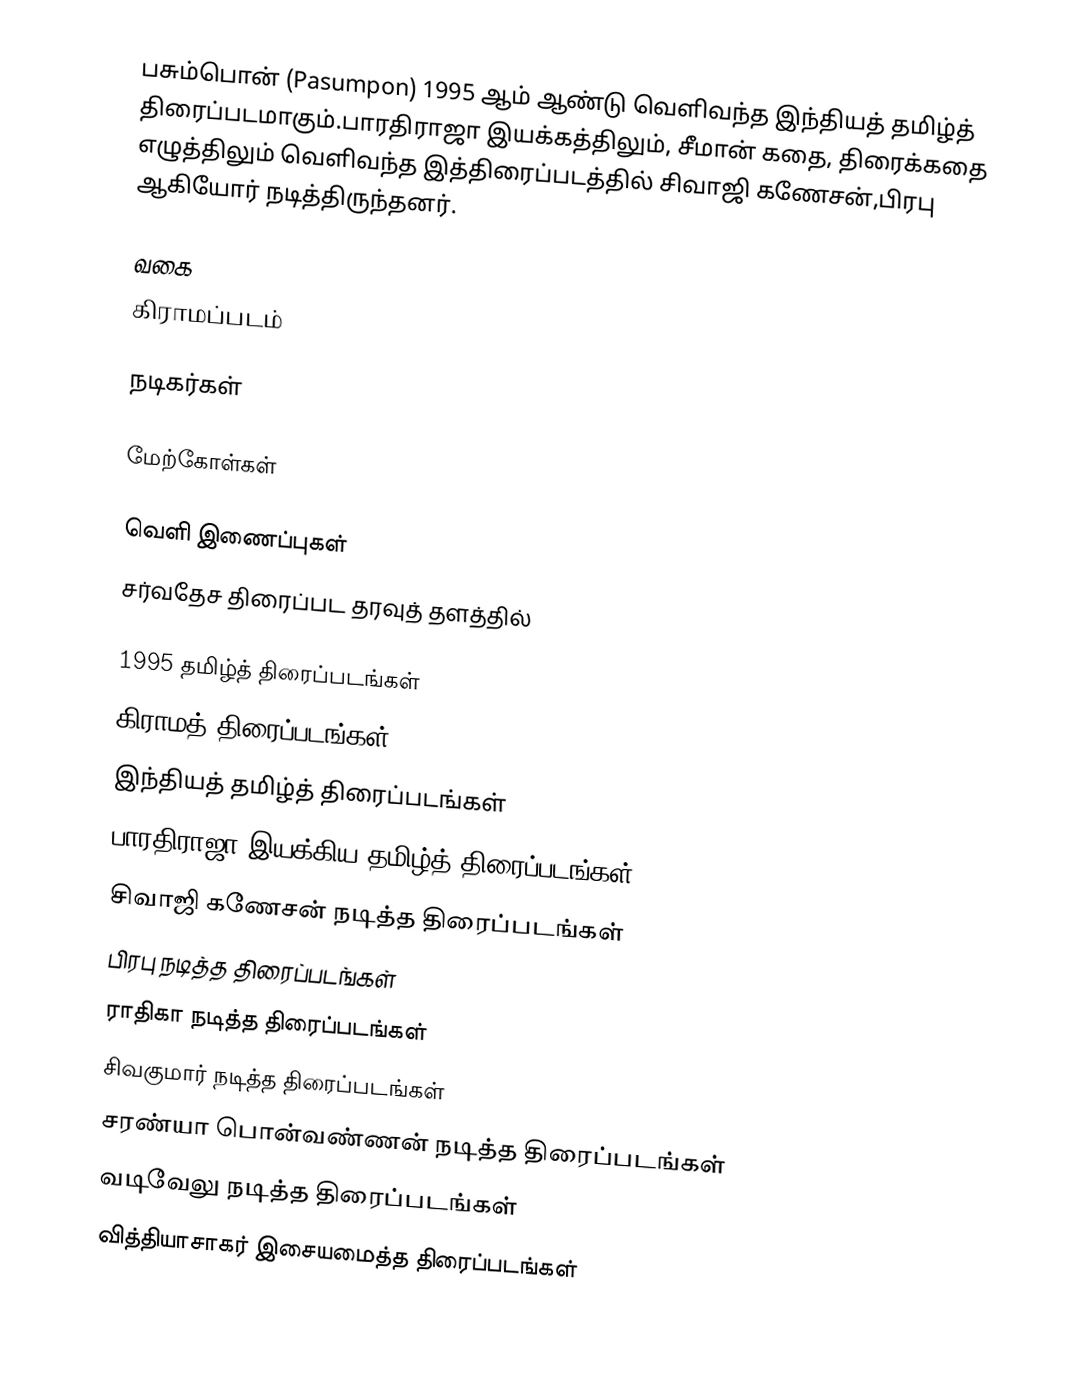
பசும்பொன் (Pasumpon) 1995 ஆம் ஆண்டு வெளிவந்த இந்தியத் தமிழ்த் திரைப்படமாகும்.பாரதிராஜா இயக்கத்திலும், சீமான் கதை, திரைக்கதை எழுத்திலும் வெளிவந்த இத்திரைப்படத்தில் சிவாஜி கணேசன்,பிரபு ஆகியோர் நடித்திருந்தனர்.

வகை
கிராமப்படம்

நடிகர்கள்

மேற்கோள்கள்

வெளி இணைப்புகள்
சர்வதேச திரைப்பட தரவுத் தளத்தில்

1995 தமிழ்த் திரைப்படங்கள்
கிராமத் திரைப்படங்கள்
இந்தியத் தமிழ்த் திரைப்படங்கள்
பாரதிராஜா இயக்கிய தமிழ்த் திரைப்படங்கள்
சிவாஜி கணேசன் நடித்த திரைப்படங்கள்
பிரபு நடித்த திரைப்படங்கள்
ராதிகா நடித்த திரைப்படங்கள்
சிவகுமார் நடித்த திரைப்படங்கள்
சரண்யா பொன்வண்ணன் நடித்த திரைப்படங்கள்
வடிவேலு நடித்த திரைப்படங்கள்
வித்தியாசாகர் இசையமைத்த திரைப்படங்கள்